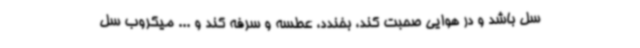
سل باشد و در هوایی صحبت کند، بخندد، عطسه و سرفه کند و ... میکروب سل